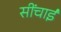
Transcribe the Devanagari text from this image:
सींचाई